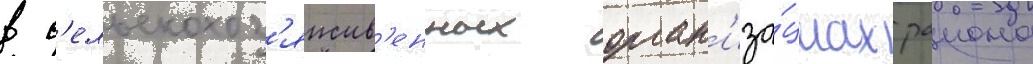
в с'ельскохоз'яиств'енных орган'иза́циах раиона